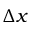
\Delta x